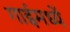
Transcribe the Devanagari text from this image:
गाईमध्यें